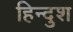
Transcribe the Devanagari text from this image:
हिन्दुश